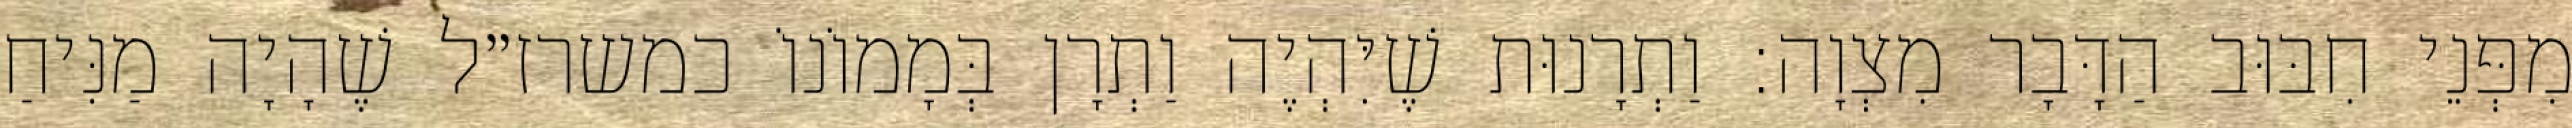
מִפְּנֵי חִבּוּב הַדָּבָר מִצְוָה: וַתְרָנוּת שֶׁיִּהְיֶה וַתְרָן בְּמָמוֹנוֹ כמשרז״ל שֶׁהָיָה מַנִּיחַ